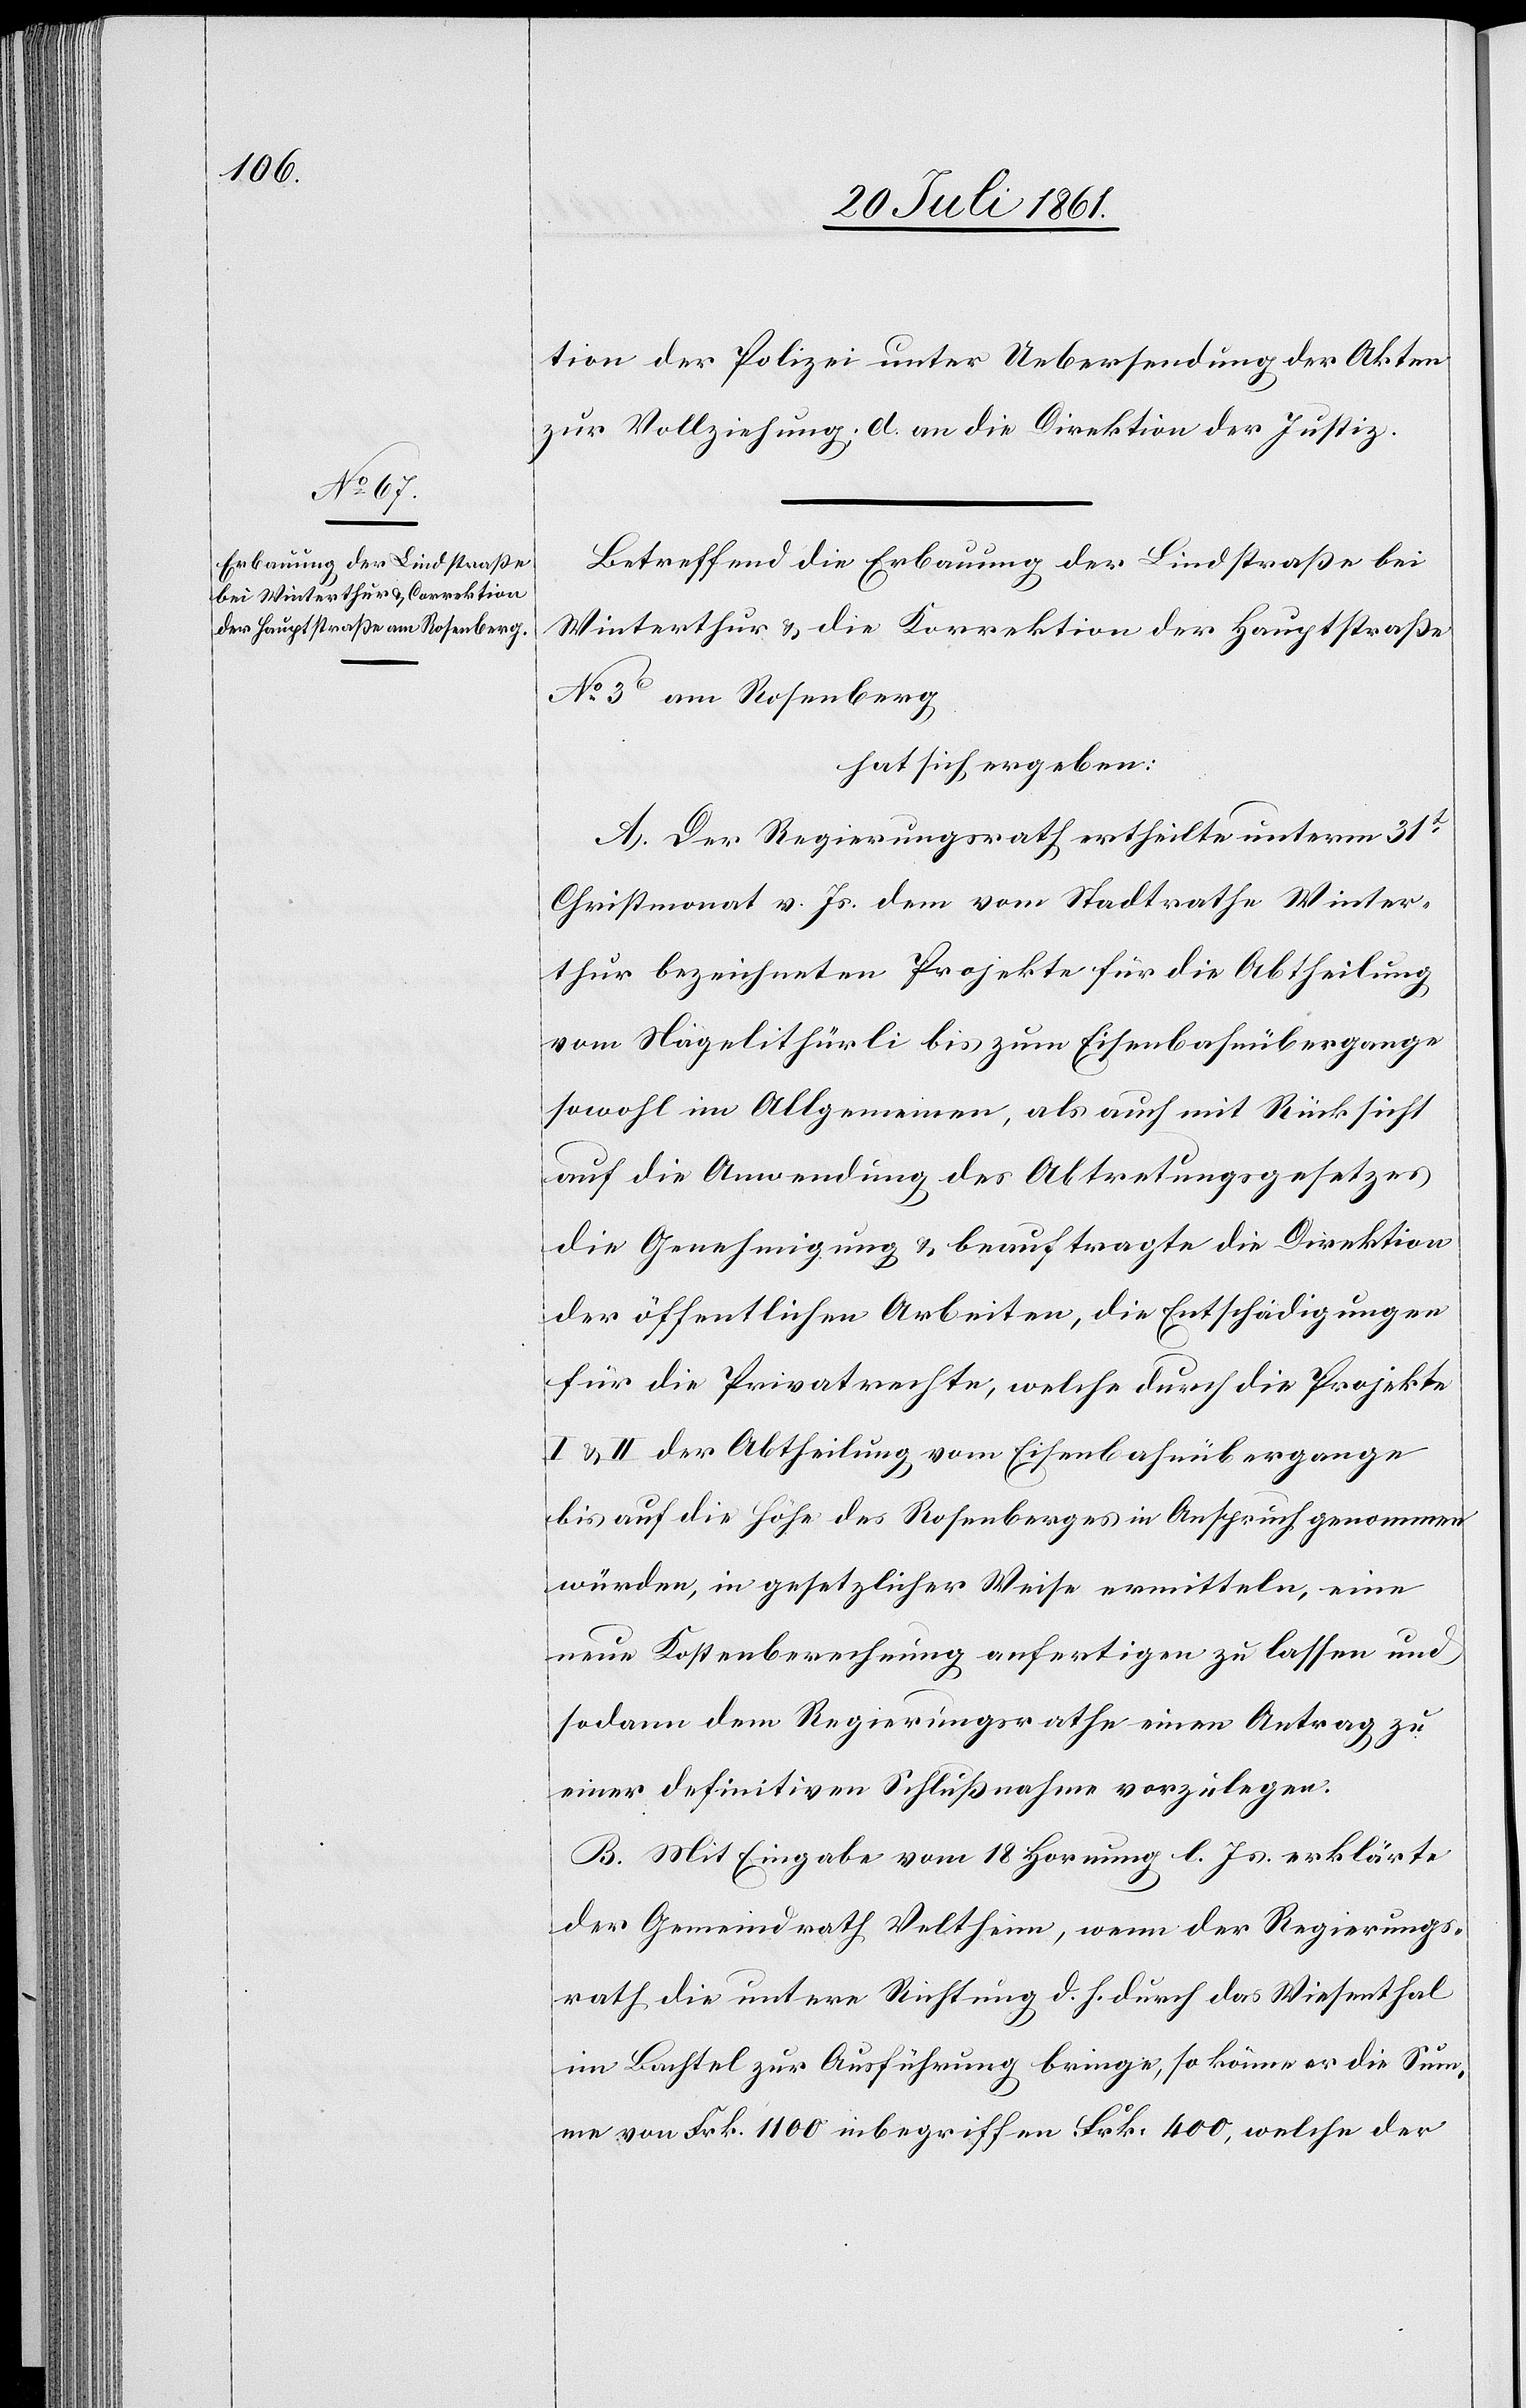
tion der Polizei unter Uebersendung der Akten
zur Vollziehung; d. an die Direktion der Justiz.
Betreffend die Erbauung der Lindstraße bei
Winterthur u. die Korrektion der Hauptstraße
N° 3 am Rosenberg,
hat sich ergeben:
A. Der Regierungsrath ertheilte unterm 31t
Christmonat v. Js. dem vom Stadtrathe Winter¬
thur bezeichneten Projekte für die Abtheilung
vom Nagelithürli bis zum Eisenbahnübergange
sowohl im Allgemeinen, als auch mit Rücksicht
auf die Anwendung des Abtretungsgesetzes
die Genehmigung u. beauftragte die Direktion
der öffentlichen Arbeiten, die Entschädigungen
für die Privatrechte, welche durch die Projekte
I u. II der Abtheilung vom Eisenbahnübergange
bis auf die Höhe des Rosenberges in Anspruch genommen
würden, in gesetzlicher Weise ermitteln, eine
neue Kostenberechnung anfertigen zu lassen und
sodann dem Regierungsrathe einen Antrag zu
einer definitiven Schlußnahme vorzulegen:
B. Mit Eingabe vom 18 Hornung l. Js. erklärte
der Gemeindrath Veltheim, wenn der Regierungs¬
rath, die untere Richtung d. h. durch das Wiesenthal
im Bachtel zur Ausführung bringe, so könne er die Sum¬
me von Frk. 1100 inbegriffen Frk. 400, welche der